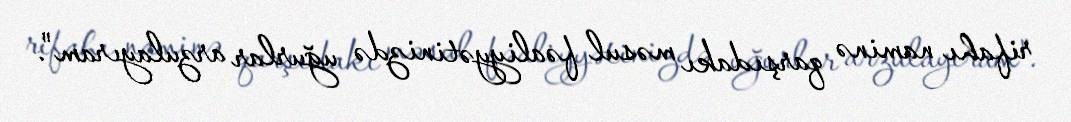
rifahı naminə qarşıdakı məsul fəaliyyətinizdə uğurlar arzulayıram".